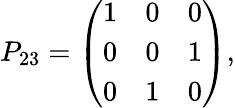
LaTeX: P_{23}=\left(\begin{array}{lll}{{1}}&{{0}}&{{0}}\\ {{0}}&{{0}}&{{1}}\\ {{0}}&{{1}}&{{0}}\end{array}\right),